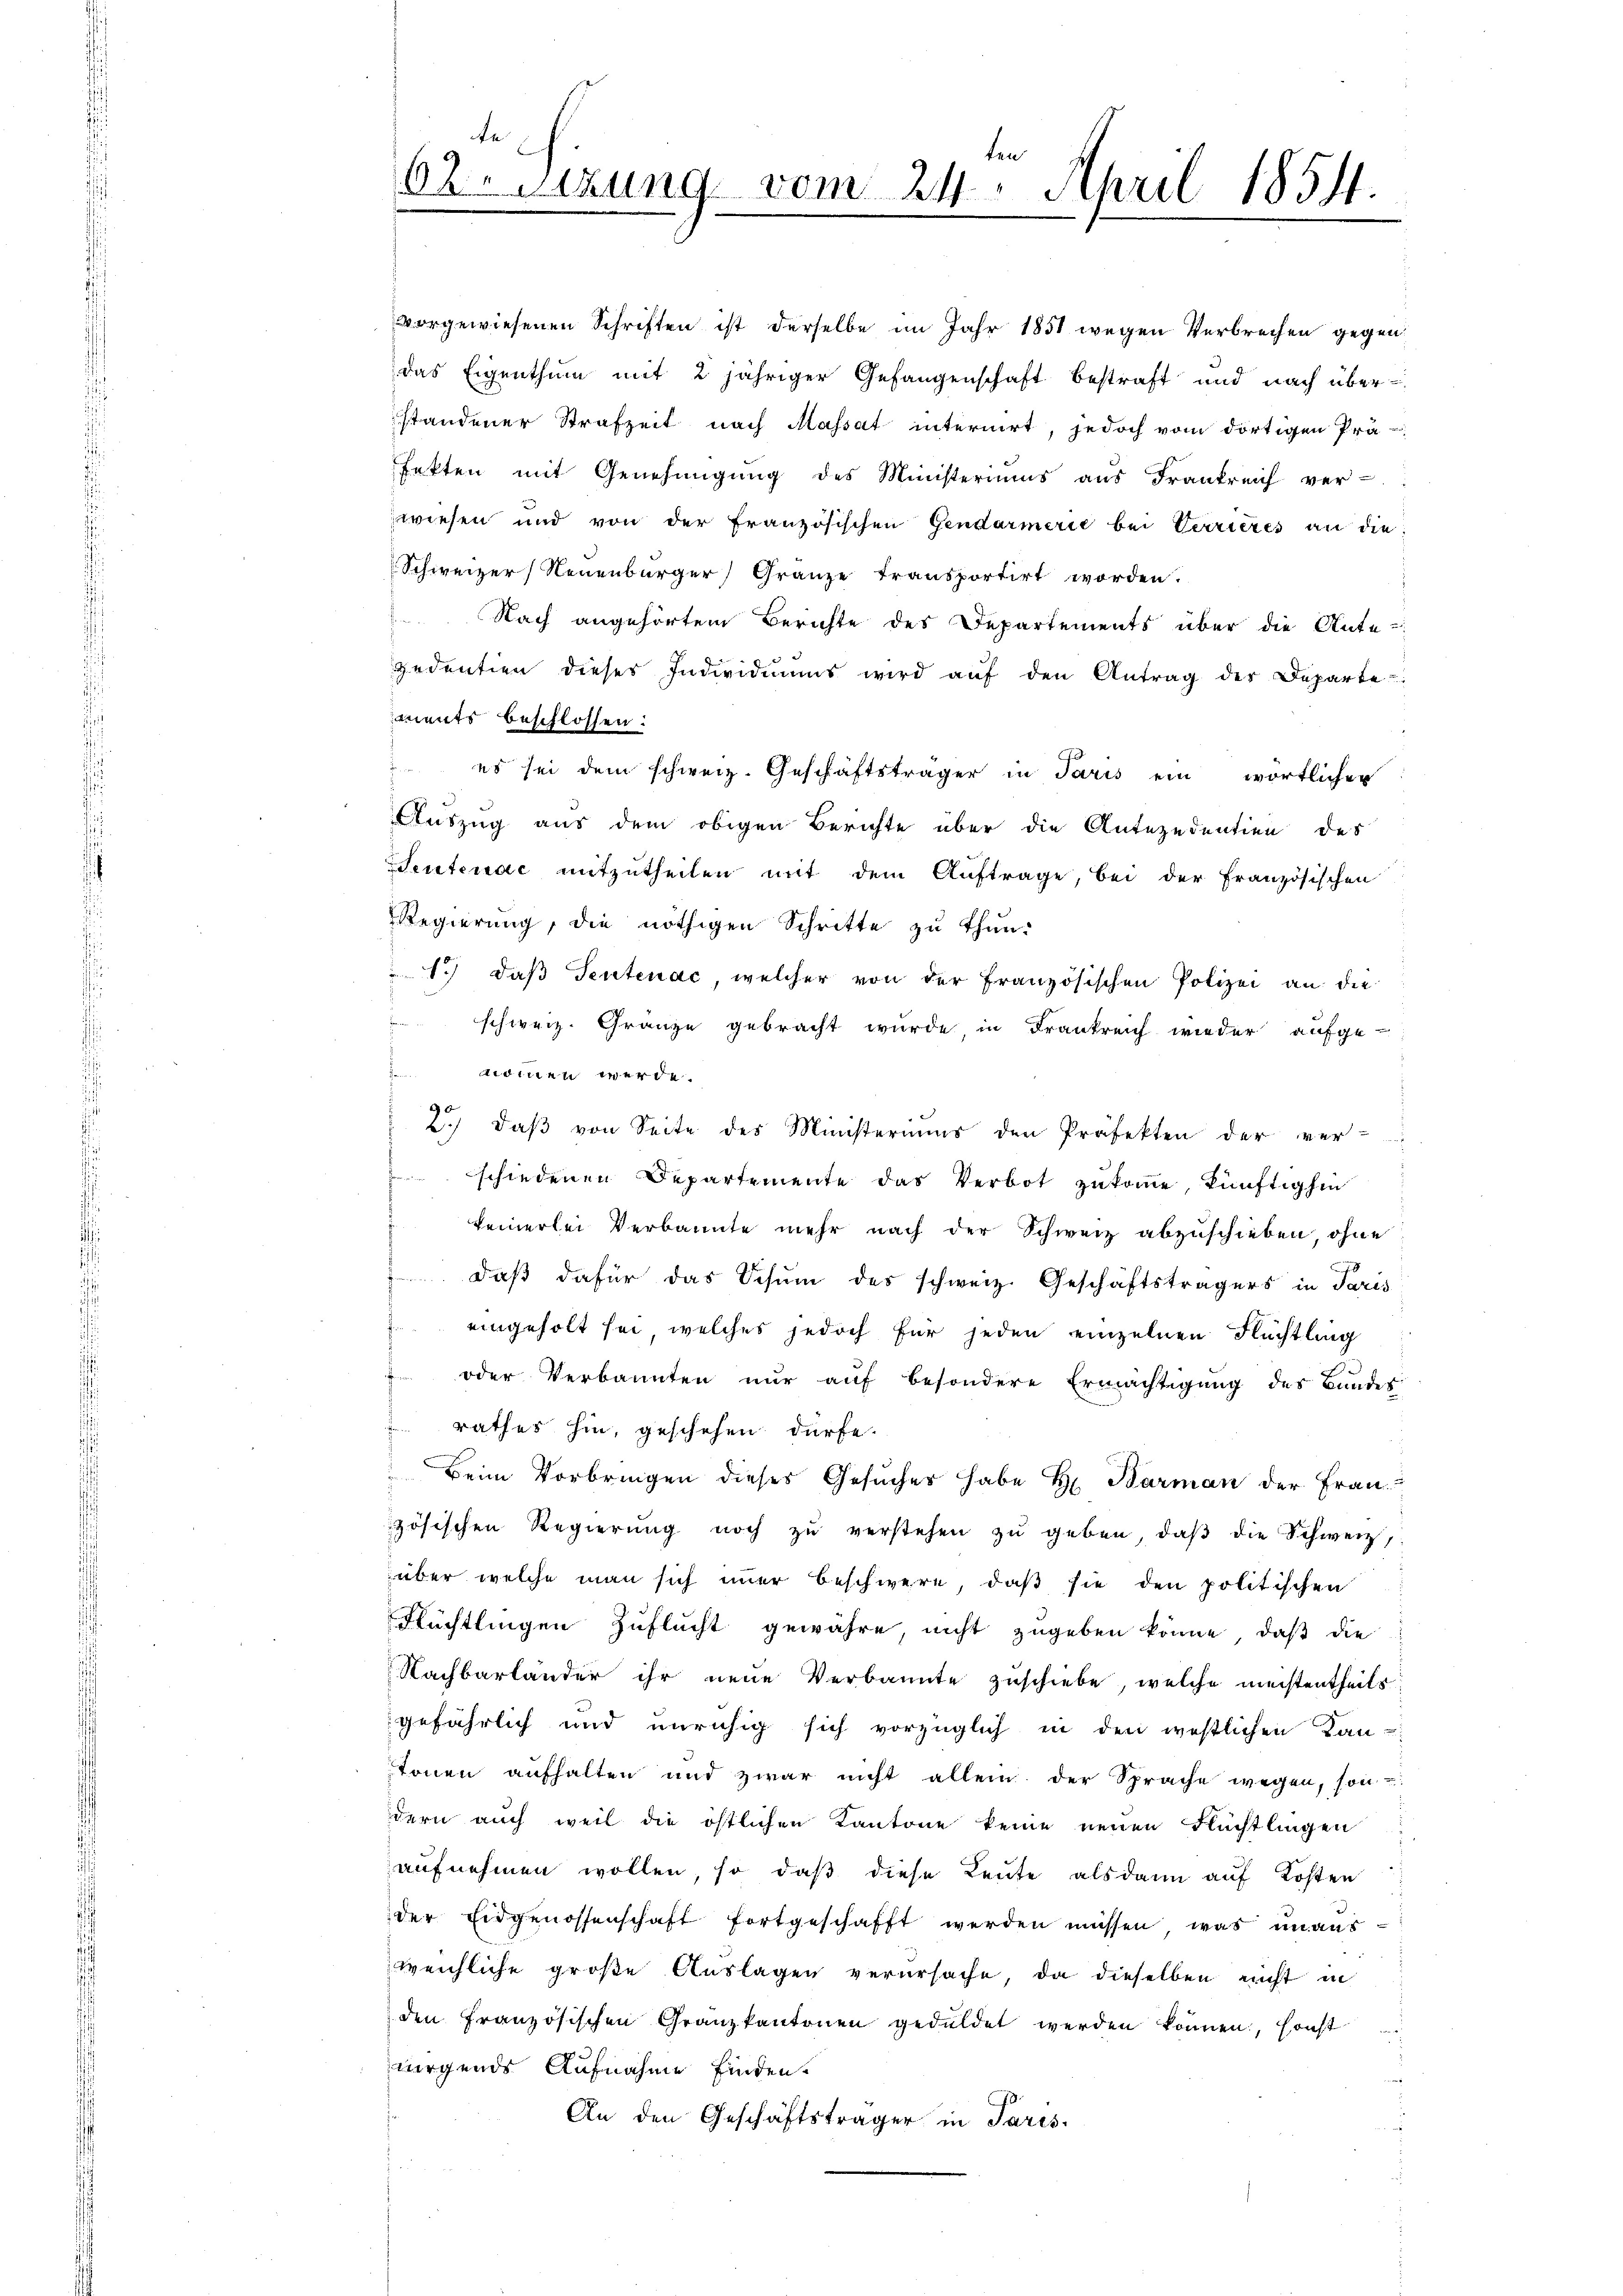
ten
O.Stzung vom 24. April 1854.
d

vorgewiesenen Schriften ist derselbe im Jahr 1851 wegen Verbrechen gegen
das Eigenthum mit 2 jähriger Gefangenschaft bestraft und nach über
standener Strafzeit nach Massat internirt, jedoch vom dortigen Prä-
fekten mit Genehmigung des Ministeriums aus Frankreich ver-
wiesen und von der Französischen Gendarmerie bei Verrieres an die
Schweizer, Neuenburger Granze transportirt worden.
Nach angehörtem Berichte des Departements über die Ante-
gedentien dieses Individiums wird aŭf den Antrag der Departe
ments beschlossen:
 es sei dem schweiz. Geschäftsträger in Paris ein wörtlicher
Auszug aus dem obigen Berichte über die Antezedentien des
Sentenac mitzutheilen mit dem Auftrage, bei der Französischen
Regierung, die nöthigen Schritte zŭ thŭn.
1.) daß Sentenac, welcher von der Französischen Polizei an die
schweiz. Gränze gebracht wurde in Frankreich wieder aufgewommen werde.
 2.) daβ von Seite des Ministeriums den Präfekten der ver-
schiedenen Departemente das Verbot zukomme, künftighin
keinerlei Verbannte mehr nach der Schweiz abzuschieben, ohne
daß dafür das Schum des schweiz. Geschäftsträgers in Paris
eingeholt sei, welches jedoch für jeden einzelnen Flüchtling
oder Verkannten nur auf besondere Ermächtigung des Bundes
rathes hin, geschehen dürfe.
Beim Vorbringen dieses Gesŭcher habe H: Barman der Frauzösischen Regierŭng noch zŭ verstehen zŭ geben, daβ die Schweiz,
über welche man sich immer beschwere, daß sie den politischen
Flüchtlingen Zuflucht gewähre, nicht zugeben könne, daß die
Nachbarländer ihr neue Verbannte zuschiebe, welche meistentheils
gefährlich und unruhig sich vorzüglich in den westlichen Kan-
tonen aufhalten und zwar nicht allein der Sprache wegen, son-
dern auch weil die östlichen Kantone keine neuen Flüchtlingen
aufnehmen wollen, so daß diese Leute alsdann auf Kosten
der Eidgenossenschaft fortgeschafft werden müssen, was unaus
weichliche große Auslagen verursache, da dieselben nicht in
den Französischen Granzkantonen geduldet werden können, sonst
nirgends Aufnahme finden.
An den Geschäftsträger in Paris.